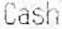
CASH